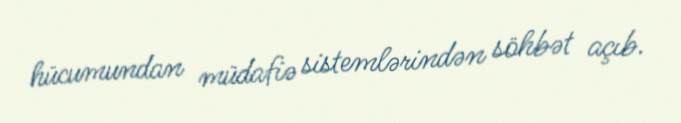
hücumundan müdafiə sistemlərindən söhbət açıb.